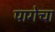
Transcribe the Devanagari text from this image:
पागेचा